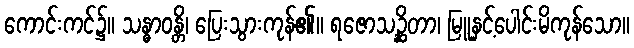
ကောင်းကင်၌။ သန္ဓာဝန္တိ၊ ပြေးသွားကုန်၏။ ရဇောသဉ္ဆိတာ၊ မြူနှင့်ပေါင်းမိကုန်သော။